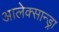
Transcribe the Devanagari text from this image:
आलेक्सान्ड्रा